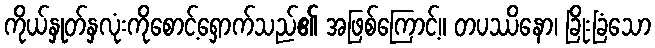
ကိုယ်နှုတ်နှလုံးကိုစောင့်ရှောက်သည်၏ အဖြစ်ကြောင့်။ တပဿိနော၊ ခြိုးခြံသော